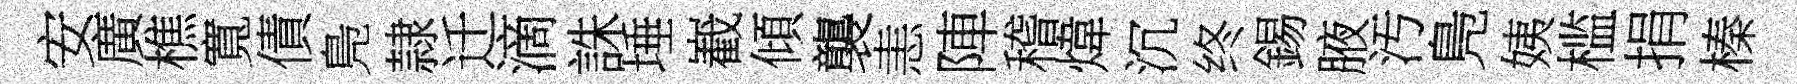
安廣樵寬債鳬隷迁滴誅埵嶻傾襲恚陣稽煒沉终錫腋汚鳬姨槛捐榛